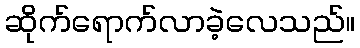
ဆိုက်ရောက်လာခဲ့လေသည်။